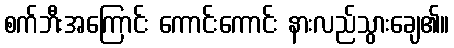
စက်ဘီးအကြောင်း ကောင်းကောင်း နားလည်သွားချေ၏။